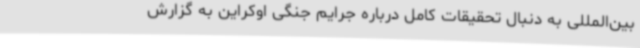
بین‌المللی به دنبال تحقیقات کامل درباره جرایم جنگی اوکراین به گزارش